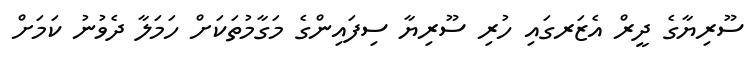
ސޫރިޔާގެ ދީރް އެޒަރގައި ހުރި ސޫރިޔާ ސިފައިންގެ މަގާމުތަކަށް ހަމަލާ ދެވުނު ކަމަށް